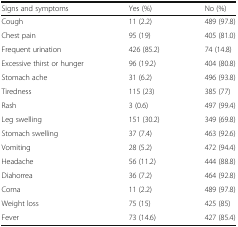
<table><thead><tr><td><b>Signs and symptoms</b></td><td><b>Yes (%)</b></td><td><b>No (%)</b></td></tr></thead><tbody><tr><td>Cough</td><td>11 (2.2)</td><td>489 (97.8)</td></tr><tr><td>Chest pain</td><td>95 (19)</td><td>405 (81.0)</td></tr><tr><td>Frequent urination</td><td>426 (85.2)</td><td>74 (14.8)</td></tr><tr><td>Excessive thirst or hunger</td><td>96 (19.2)</td><td>404 (80.8)</td></tr><tr><td>Stomach ache</td><td>31 (6.2)</td><td>496 (93.8)</td></tr><tr><td>Tiredness</td><td>115 (23)</td><td>385 (77)</td></tr><tr><td>Rash</td><td>3 (0.6)</td><td>497 (99.4)</td></tr><tr><td>Leg swelling</td><td>151 (30.2)</td><td>349 (69.8)</td></tr><tr><td>Stomach swelling</td><td>37 (7.4)</td><td>463 (92.6)</td></tr><tr><td>Vomiting</td><td>28 (5.2)</td><td>472 (94.4)</td></tr><tr><td>Headache</td><td>56 (11.2)</td><td>444 (88.8)</td></tr><tr><td>Diahorrea</td><td>36 (7.2)</td><td>464 (92.8)</td></tr><tr><td>Coma</td><td>11 (2.2)</td><td>489 (97.8)</td></tr><tr><td>Weight loss</td><td>75 (15)</td><td>425 (85)</td></tr><tr><td>Fever</td><td>73 (14.6)</td><td>427 (85.4)</td></tr></tbody></table>